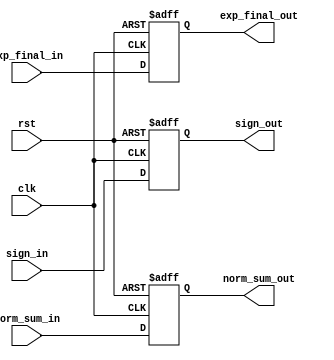
module nor_sub (
    input clk, rst, 
    input sign_in, 
    input [10:0] norm_sum_in, 
    input [6:0] exp_final_in, 
    output reg sign_out, 
    output reg [10:0] norm_sum_out, 
    output reg [6:0] exp_final_out);

    always @(posedge clk or negedge rst) begin
        if (!rst) begin
            sign_out <= 0;
            norm_sum_out <= 0;
            exp_final_out <= 0;
        end
        else begin
            sign_out <= sign_in;
            norm_sum_out <= norm_sum_in;
            exp_final_out <= exp_final_in;
        end
    end

endmodule